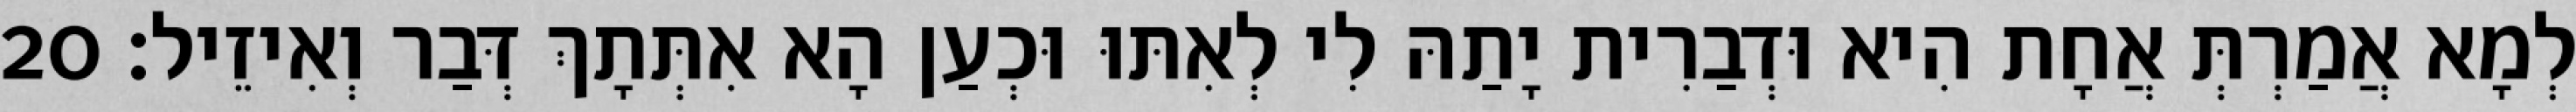
לְמָא אֲמַרְתְּ אֲחָת הִיא וּדְבַרִית יָתַהּ לִי לְאִתּוּ וּכְעַן הָא אִתְּתָךְ דְּבַר וְאִיזֵיל׃ 20